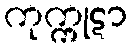
ကုက္ကုဋာ